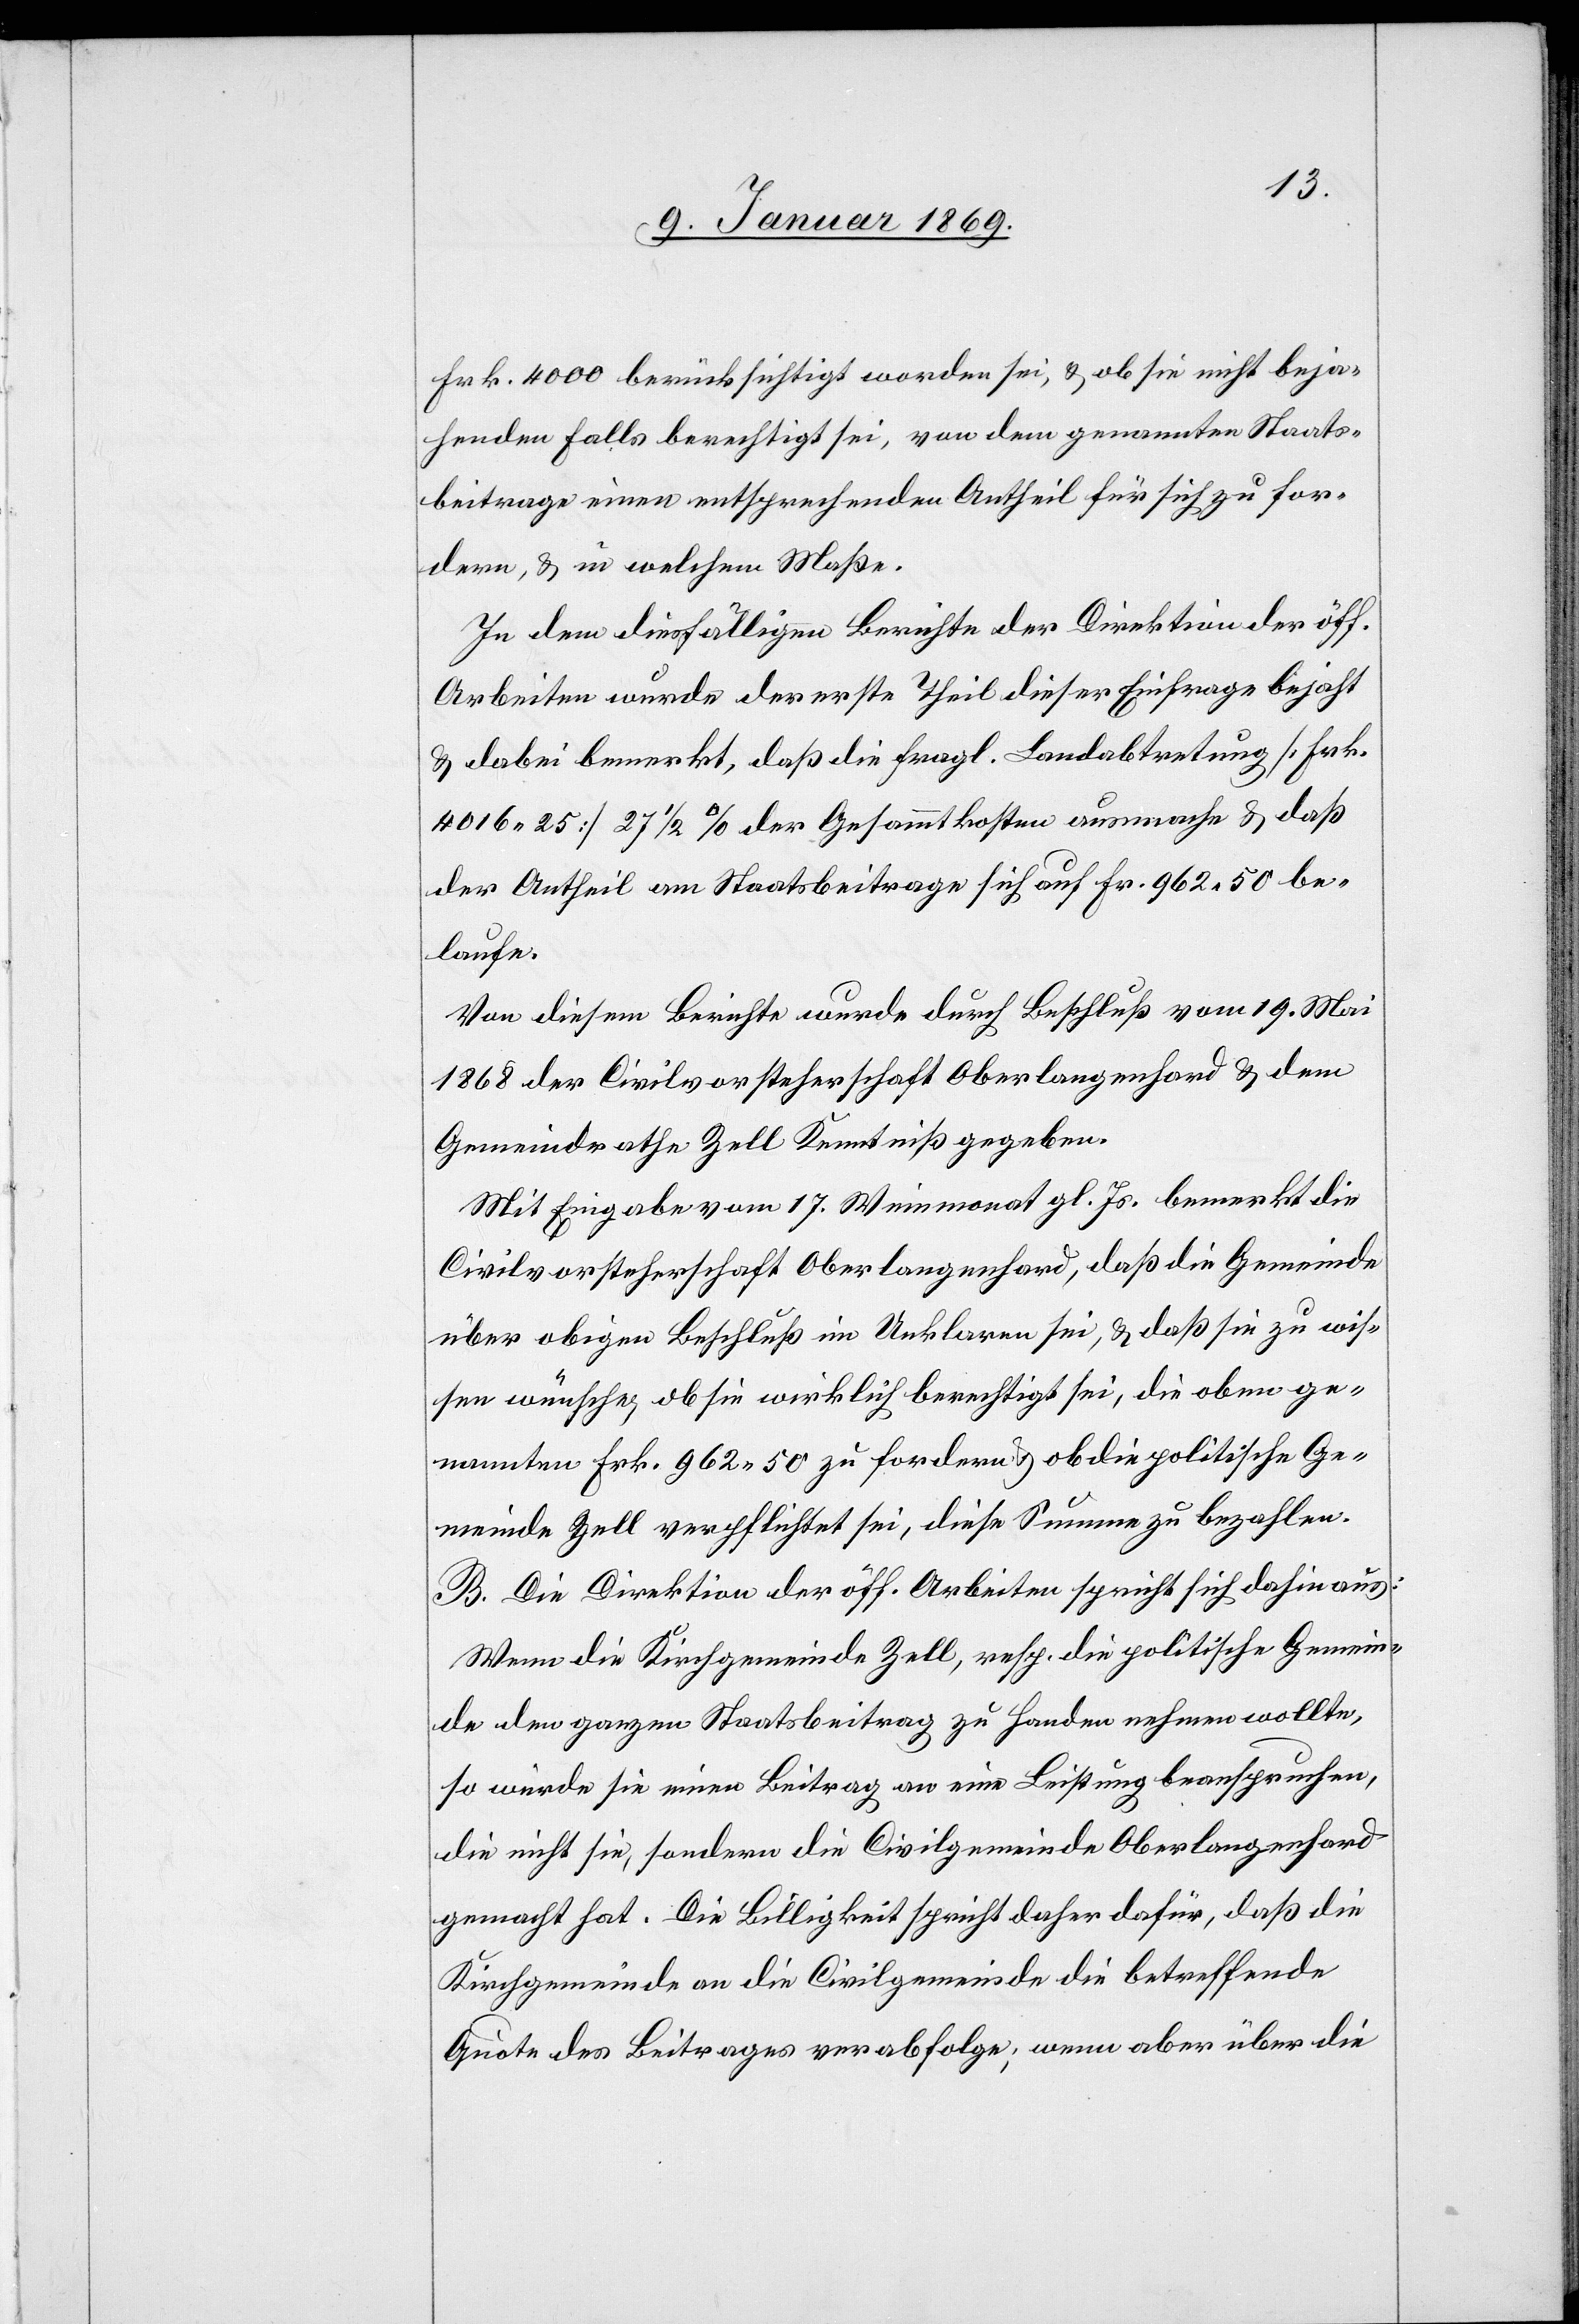
Frk. 4000 berücksichtigt worden sei, & ob sie nicht beja¬
henden Falls berechtigt sei, von dem genannten Staats¬
beitrage einen entsprechenden Antheil für sich zu for¬
dern, & in welchem Maße.
In dem diesfälligen Berichte der Direktion der öff.
Arbeiten wurde der erste Theil dieser Einfrage bejaht
& dabei bemerkt, daß die fragl. Landabtretung [Frk.
4016 25] 27 1/2% der Gesammtkosten ausmache & daß
der Antheil am Staatsbeitrage sich auf Fr. 962 50 be¬
laufe.
Von diesem Berichte wurde durch Beschluß vom 19. Mai
1868 der Civilvorsteherschaft Oberlangenhard & dem
Gemeindrathe Zell Kenntniß gegeben.
Mit Eingabe vom 17. Weinmonat gl. Js. bemerkt die
Civilvorsteherschaft Oberlangenhard, daß die Gemeinde
über obigen Beschluß im Unklaren sei, & daß sie zu wis¬
sen wünsche, ob sie wirklich berechtigt sei, die oben ge¬
nannten Frk. 962 50 zu fordern & ob die politische Ge¬
meinde Zell verpflichtet sei, diese Summe zu bezahlen.
B. Die Direktion der öff. Arbeiten spricht sich dahin aus:
Wenn die Kirchgemeinde Zell, resp. die politische Gemein¬
de den ganzen Staatsbeitrag zu Handen nehmen wollte,
so würde sie einen Beitrag an eine Leistung beanspruchen,
die nicht sie, sondern die Civilgemeinde Oberlangenhard
gemacht hat. Die Billigkeit spricht daher dafür, daß die
Kirchgemeinde an die Civilgemeinde die betreffende
Quote des Beitrages verabfolge; wenn aber über die